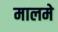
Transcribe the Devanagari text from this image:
मालमे